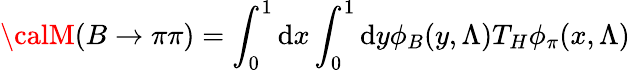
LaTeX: {\calM}(B\to\pi\pi)=\int_{0}^{1}\mathrm{d}x\int_{0}^{1}\mathrm{d}y\phi_{B}(y,\Lambda)T_{H}\phi_{\pi}(x,\Lambda)